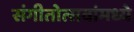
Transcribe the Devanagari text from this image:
संगीतोत्सवांमध्ये